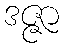
ဒဇ္ဇာ